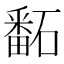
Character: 𥕿